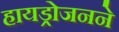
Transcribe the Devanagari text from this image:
हायड्रोजनने